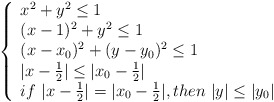
\begin{align*}\left\{\begin{array}{ll} x^2+y^2\le 1\\ (x-1)^2+y^2\le 1\\ (x-x_{0})^2+(y-y_{0})^2\le 1\\ |x-\frac{1}{2}|\le |x_{0}-\frac{1}{2}|\\ if\ |x-\frac{1}{2}|=|x_{0}-\frac{1}{2}|,then\ |y|\le |y_{0}|\\\end{array}\right.\end{align*}